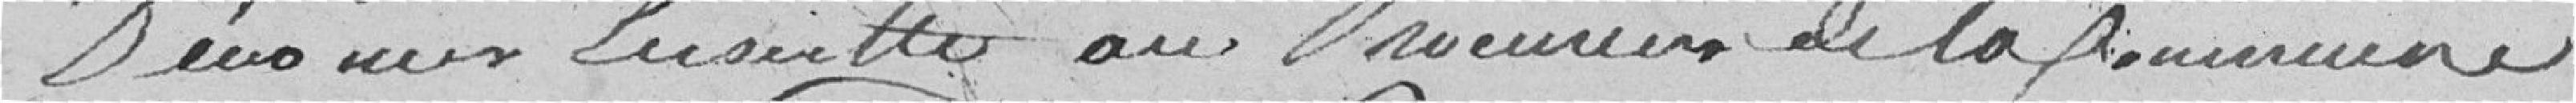
dénoncer ? au Procureur de la Commune